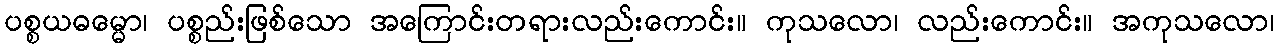
ပစ္စယဓမ္မော၊ ပစ္စည်းဖြစ်သော အကြောင်းတရားလည်းကောင်း။ ကုသလော၊ လည်းကောင်း။ အကုသလော၊